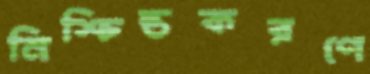
নিশ্চিন্তকরণে